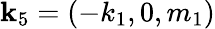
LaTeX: \mathbf{k}_{5}=(-k_{1},0,m_{1})